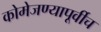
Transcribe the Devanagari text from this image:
कोमेजण्यापूर्वीच